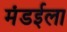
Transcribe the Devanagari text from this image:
मंडईला